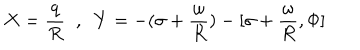
X = \frac { q } { R } \; \; , \; \; Y = - ( \sigma + \frac { \omega } { R } ) - [ \sigma + \frac { \omega } { R } , \Phi ]